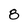
Character: 8